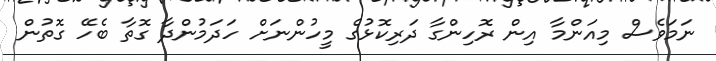
ނަމަވެސް މިއަންމާ އިން ރޮހިންގާ ދަރިކޮޅުގެ މީހުންނަށް ހަދަމުންދާ ގޮތާ ބެހޭ ގޮތުން